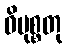
ဝိမုစ္စတု